Statistical return of the lunatic asylum in Assam - 1912-1932
Year: 1912
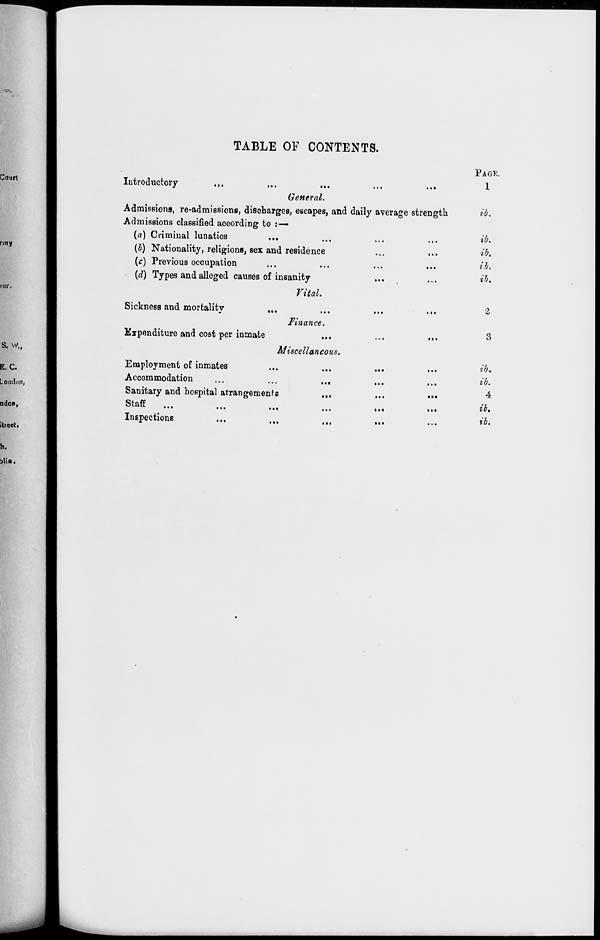
TABLE OF CONTENTS.
Introductory
...
...
...
...
...
General.
Admissions, re-admissions, discharges, escapes, and daily average strength
Admissions classified according to : —
(a) Criminal lunatics
...
{b) Nationality, religions, sex and residence
...
...
(c) Previous occupation
(d) Types and alleged causes of insanity
Vital.
Sickness and mortality
,.,
...
...
...
Finance.
Expenditure and cost per inmate
...
...
•••
Miscellaneous.
Employment of inmates
Accommodation
...
...
...
Sanitary and hospital arrangements
W^oll
...
...
...
...
Inspections
...
< I «
PAGK.
1
ib.
ib.
ib.
ib.
ib.
%
3
iby
ib.
4
ib,
ib.